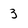
Character: 3